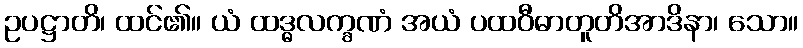
ဥပဋ္ဌာတိ၊ ထင်၏။ ယံ ထဒ္ဓလက္ခဏံ အယံ ပထဝီဓာတူတိအာဒိနာ၊ သော။